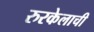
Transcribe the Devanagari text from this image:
रुरकेलाची